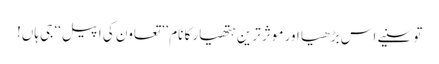
تو سنیے اس بڑھیا اور موثر ترین ہتھیار کا نام ’’ تعاون کی اپیل‘‘ جی ہاں!